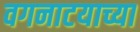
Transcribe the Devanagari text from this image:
वगनाटयाच्या